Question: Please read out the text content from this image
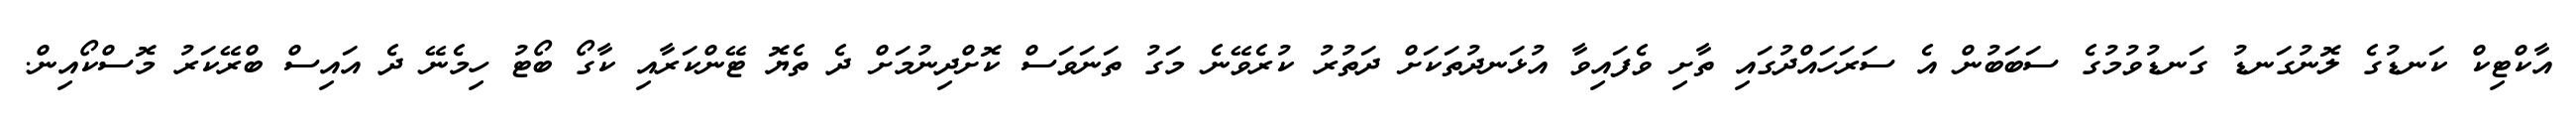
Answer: އާކްޓިކް ކަނޑުގެ ލޮނުގަނޑު ގަނޑުވުމުގެ ސަބަބުން އެ ސަރަހައްދުގައި ތާށި ވެފައިވާ އުޅަނދުތަކަށް ދަތުރު ކުރެވޭނެ މަގު ތަނަވަސް ކޮށްދިނުމަށް ދެ ތެޔޮ ޓޭންކަރާއި ކާގޯ ބޯޓު ހިމެނޭ ދެ އައިސް ބްރޭކަރު މޮސްކޯއިން.